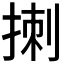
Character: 𪮁